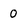
Character: 0